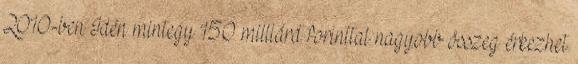
2010-ben Idén mintegy 150 milliárd forinttal nagyobb összeg érkezhet